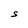
Character: S